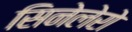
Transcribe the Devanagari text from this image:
सिनेलेरो